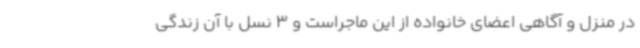
در منزل و آگاهی اعضای خانواده از این ماجراست و 3 نسل با آن زندگی